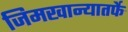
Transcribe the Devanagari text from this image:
जिमखान्यातर्फे